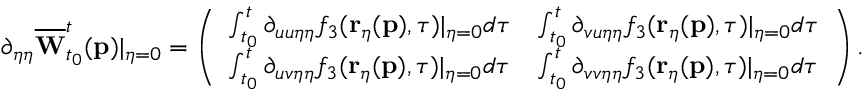
\partial _ { \eta \eta } \overline { { \mathbf { W } } } _ { t _ { 0 } } ^ { t } ( \mathbf { p } ) \vert _ { \eta = 0 } = \left( \begin{array} { l l } { \int _ { t _ { 0 } } ^ { t } \partial _ { u u \eta \eta } f _ { 3 } ( \mathbf { r } _ { \eta } ( \mathbf { p } ) , \tau ) \vert _ { \eta = 0 } d \tau } & { \int _ { t _ { 0 } } ^ { t } \partial _ { v u \eta \eta } f _ { 3 } ( \mathbf { r } _ { \eta } ( \mathbf { p } ) , \tau ) \vert _ { \eta = 0 } d \tau } \\ { \int _ { t _ { 0 } } ^ { t } \partial _ { u v \eta \eta } f _ { 3 } ( \mathbf { r } _ { \eta } ( \mathbf { p } ) , \tau ) \vert _ { \eta = 0 } d \tau } & { \int _ { t _ { 0 } } ^ { t } \partial _ { v v \eta \eta } f _ { 3 } ( \mathbf { r } _ { \eta } ( \mathbf { p } ) , \tau ) \vert _ { \eta = 0 } d \tau } \end{array} \right) .